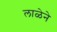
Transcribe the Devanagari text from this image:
लाळेने